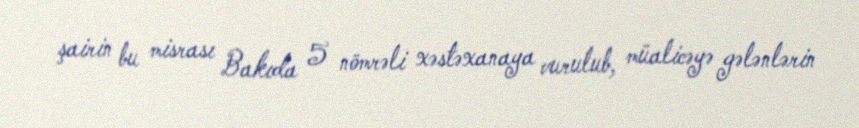
şairin bu misrası Bakıda 5 nömrəli xəstəxanaya vurulub, müalicəyə gələnlərin